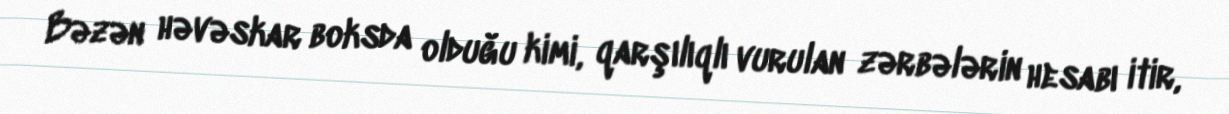
Bəzən həvəskar boksda olduğu kimi, qarşılıqlı vurulan zərbələrin hesabı itir,